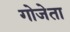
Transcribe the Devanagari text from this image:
गोजेता